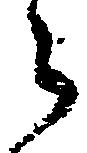
之